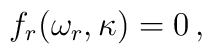
f_r(\omega_r, \kappa) = 0 \, ,